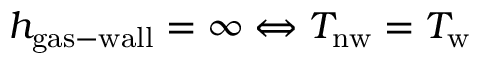
h _ { \mathrm { g a s - w a l l } } = \infty \Leftrightarrow T _ { \mathrm { n w } } = T _ { \mathrm { w } }